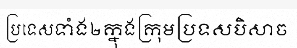
ប្រទេសទាំង២ក្នុងក្រុមប្រទសបិសាច